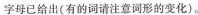
字母已给出(有的词请注意河形的变化)。